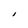
Character: i